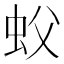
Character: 蚥